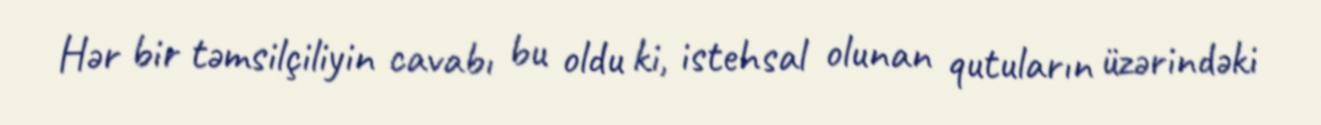
Hər bir təmsilçiliyin cavabı bu oldu ki, istehsal olunan qutuların üzərindəki